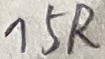
Text: 15R